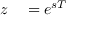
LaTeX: \begin{array} { r l } { z } & { { } = e ^ { s T } } \end{array}